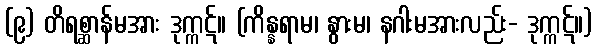
(၉) တိရစ္ဆာန်မအား ဒုက္ကဋ်။ (ကိန္နရာမ၊ နွားမ၊ နဂါးမအားလည်း- ဒုက္ကဋ်။)